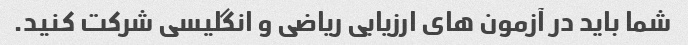
شما باید در آزمون های ارزیابی ریاضی و انگلیسی شرکت کنید.